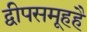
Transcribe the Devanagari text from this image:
द्वीपसमूहहै